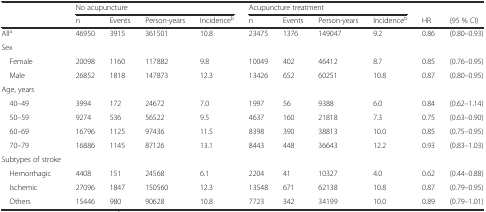
|  | <COLSPAN=4> No acupuncture | <COLSPAN=4> Acupuncture treatment |  |  |
 |  | n | Events | Person-years | Incidenceb | n | Events | Person-years | Incidenceb | HR | (95 % CI) |
 | --- | --- | --- | --- | --- | --- | --- | --- | --- | --- | --- |
 | Alla | 46950 | 3915 | 361501 | 10.8 | 23475 | 1376 | 149047 | 9.2 | 0.86 | (0.80–0.93) |
 | Sex |  |  |  |  |  |  |  |  |  |  |
 | Female | 20098 | 1160 | 117882 | 9.8 | 10049 | 402 | 46412 | 8.7 | 0.85 | (0.76–0.95) |
 | Male | 26852 | 1818 | 147873 | 12.3 | 13426 | 652 | 60251 | 10.8 | 0.87 | (0.80–0.95) |
 | Age, years |  |  |  |  |  |  |  |  |  |  |
 | 40–49 | 3994 | 172 | 24672 | 7.0 | 1997 | 56 | 9388 | 6.0 | 0.84 | (0.62–1.14) |
 | 50–59 | 9274 | 536 | 56522 | 9.5 | 4637 | 160 | 21818 | 7.3 | 0.75 | (0.63–0.90) |
 | 60–69 | 16796 | 1125 | 97436 | 11.5 | 8398 | 390 | 38813 | 10.0 | 0.85 | (0.75–0.95) |
 | 70–79 | 16886 | 1145 | 87126 | 13.1 | 8443 | 448 | 36643 | 12.2 | 0.93 | (0.83–1.03) |
 | Subtypes of stroke |  |  |  |  |  |  |  |  |  |  |
 | Hemorrhagic | 4408 | 151 | 24568 | 6.1 | 2204 | 41 | 10327 | 4.0 | 0.62 | (0.44–0.88) |
 | Ischemic | 27096 | 1847 | 150560 | 12.3 | 13548 | 671 | 62138 | 10.8 | 0.87 | (0.79–0.95) |
 | Others | 15446 | 980 | 90628 | 10.8 | 7723 | 342 | 34199 | 10.0 | 0.89 | (0.79–1.01) |